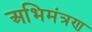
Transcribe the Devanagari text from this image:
अभिमंत्रण